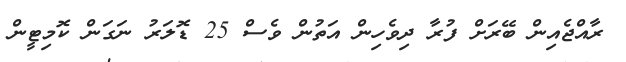
ރާއްޖެއިން ބޭރަށް ފުރާ ދިވެހިން އަތުން ވެސް 25 ޑޮލަރު ނަގަން ކޮމިޓީން